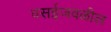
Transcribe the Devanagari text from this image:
वसईजवळील